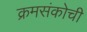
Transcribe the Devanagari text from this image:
क्रमसंकोची